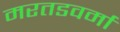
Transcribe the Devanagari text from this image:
मरतडवर्मा